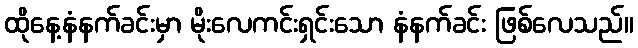
ထိုနေ့နံနက်ခင်းမှာ မိုးလေကင်းရှင်းသော နံနက်ခင်း ဖြစ်လေသည်။